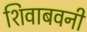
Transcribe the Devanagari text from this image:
शिवाबवनी